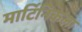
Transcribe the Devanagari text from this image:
मार्टिनिकला